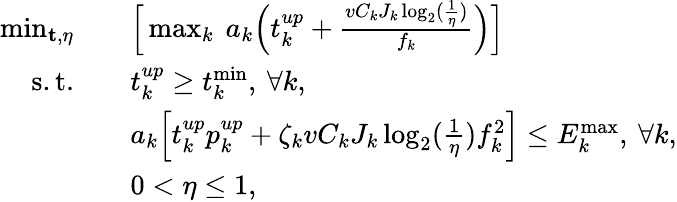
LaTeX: \begin{array}{rl}{\operatorname*{min}_{\mathbf{t},\eta}\quad}&{\Big[\operatorname*{max}_{k}~a_{k}\Big(t_{k}^{up}+\frac{vC_{k}J_{k}\log_{2}(\frac{1}{\eta})}{f_{k}}\Big)\Big]}\\ {\mathrm{s.t.\quad}}&{t_{k}^{up}\geq t_{k}^{\operatorname*{min}},\: \forall k,}\\ &{a_{k}\Big[t_{k}^{up}p_{k}^{up}+\zeta_{k}vC_{k}J_{k}\log_{2}(\frac{1}{\eta})f_{k}^{2}\Big]\leq{{E}}_{k}^{\operatorname*{max}},\: \forall k,}\\ &{0<\eta\leq 1,}\end{array}